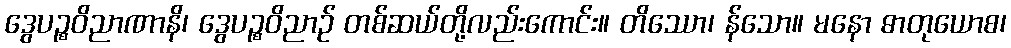
ဒွေပဉ္စဝိညာဏာနိ၊ ဒွေပဉ္စဝိညာဉ် တစ်ဆယ်တို့လည်းကောင်း။ တိဿော၊ န်သော။ မနော ဓာတုယောစ၊